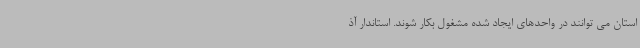
استان می توانند در واحدهای ایجاد شده مشغول بکار شوند. استاندار آذ